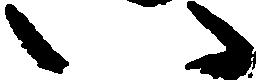
い